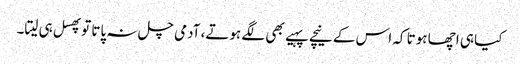
کیا ہی اچھا ہوتا کہ اس کے نیچے پہیے بھی لگے ہوتے، آدمی چل نہ پاتا توپھسل ہی لیتا۔